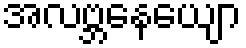
အလဗ္ဘနေယျော